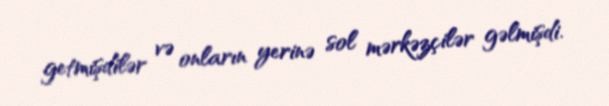
getmişdilər və onların yerinə sol mərkəzçilər gəlmişdi.